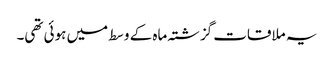
یہ ملاقات گزشتہ ماہ کے وسط میں ہوئی تھی۔